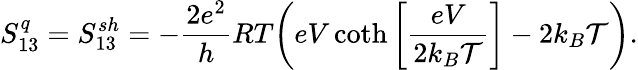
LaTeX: S_{13}^{q}={S_{13}^{sh}}=-\frac{2e^{2}}{h}RT\bigg(eV\coth\left[\frac{eV}{2k_{B}\mathcal{T}}\right]-2k_{B}\mathcal{T}\bigg).